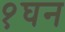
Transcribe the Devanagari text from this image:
१घन